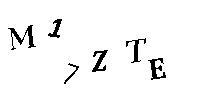
M17ZTE